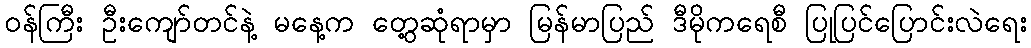
ဝန်ကြီး ဦးကျော်တင်နဲ့ မနေ့က တွေ့ဆုံရာမှာ မြန်မာပြည် ဒီမိုကရေစီ ပြုပြင်ပြောင်းလဲရေး